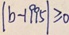
\vert b - 1 9 9 5 \vert \geq 0